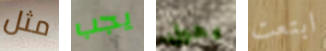
مثل يجب يحول ابتعت